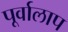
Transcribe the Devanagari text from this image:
पूर्वालाप